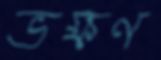
ভক্ষণ